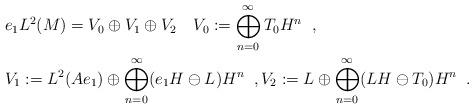
LaTeX: \begin{align*}& e_1 L^2(M) = V_0 \oplus V_1 \oplus V_2 \quad V_0 := \bigoplus_{n=0}^\infty T_0 H^n \;\; ,\\& V_1 := L^2(A e_1) \oplus \bigoplus_{n=0}^\infty (e_1 H \ominus L)H^n \;\; , V_2 := L \oplus \bigoplus_{n=0}^\infty (LH \ominus T_0)H^n \;\; .\end{align*}